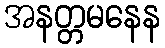
အနတ္တမနေန